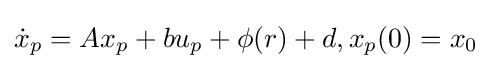
{\dot {x}}_{p}=Ax_{p}+bu_{p}+\phi (r)+d,x_{p}(0)=x_{0}